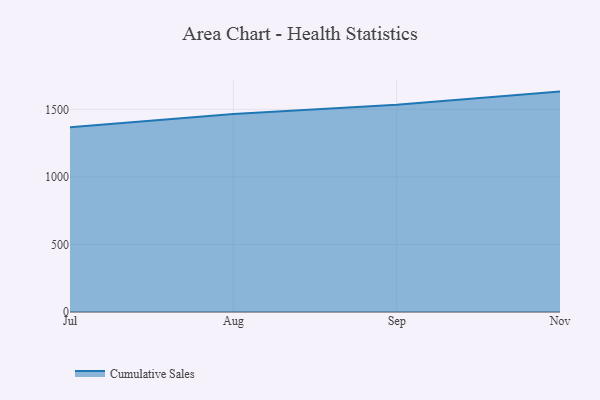
{"axis": {"x": "Month", "y": "Shipments"}, "legend": ["Cumulative Sales"], "data": [{"x": "Jul", "y": 1368.3, "type": "Cumulative Sales"}, {"x": "Aug", "y": 1466.8, "type": "Cumulative Sales"}, {"x": "Sep", "y": 1534.5, "type": "Cumulative Sales"}, {"x": "Nov", "y": 1631.8, "type": "Cumulative Sales"}]}